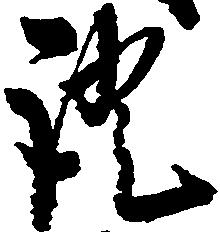
証